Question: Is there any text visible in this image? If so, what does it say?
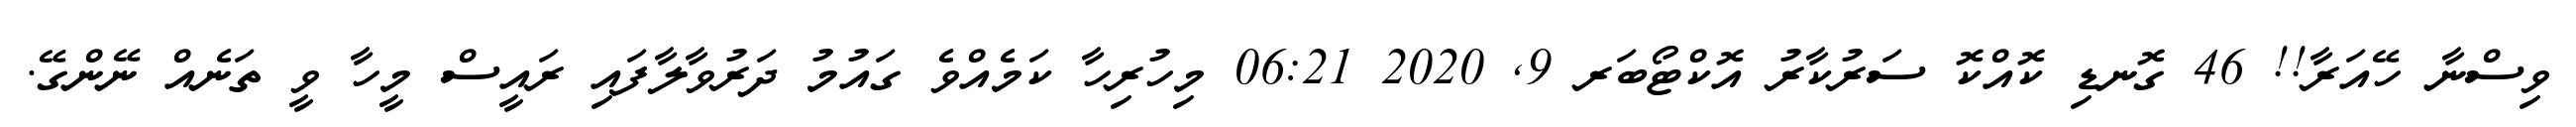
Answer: ވިސްނާ ހޭއަރާ!! 46 ގޮނޑި ކޮއްކޮ ސަރުކާރު އޮކްޓޯބަރ 9, 2020 06:21 މިހުރިހާ ކަމެއްވެ ގައުމު ދަރުވާލާފައި ރައީސް މީހާ ވީ ތަނެއް ނޭންގޭ.